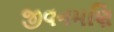
જીવનમણિ